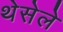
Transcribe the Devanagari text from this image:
थेसेले